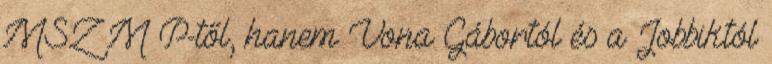
MSZ M P-től, hanem Vona Gábortól és a Jobbiktól